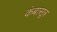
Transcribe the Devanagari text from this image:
कंबासूत्र